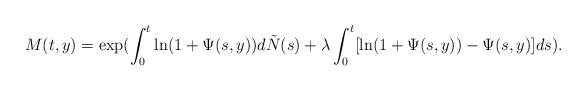
LaTeX: \begin{align*}M(t,y) = \exp( \int_0^t \ln(1+\Psi(s,y))d\tilde{N}(s) +\lambda\int_0^t [\ln(1+\Psi(s,y))-\Psi(s,y)] ds).\end{align*}